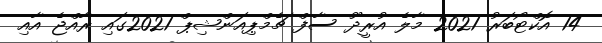
14 އޮކްޓޯބަރު 2021 މާލެ އުރީދޫ ސާފް ޗެމްޕިއަންޝިޕް 2021ގައި ރާއްޖެ އާއި